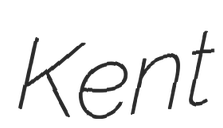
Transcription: Kent